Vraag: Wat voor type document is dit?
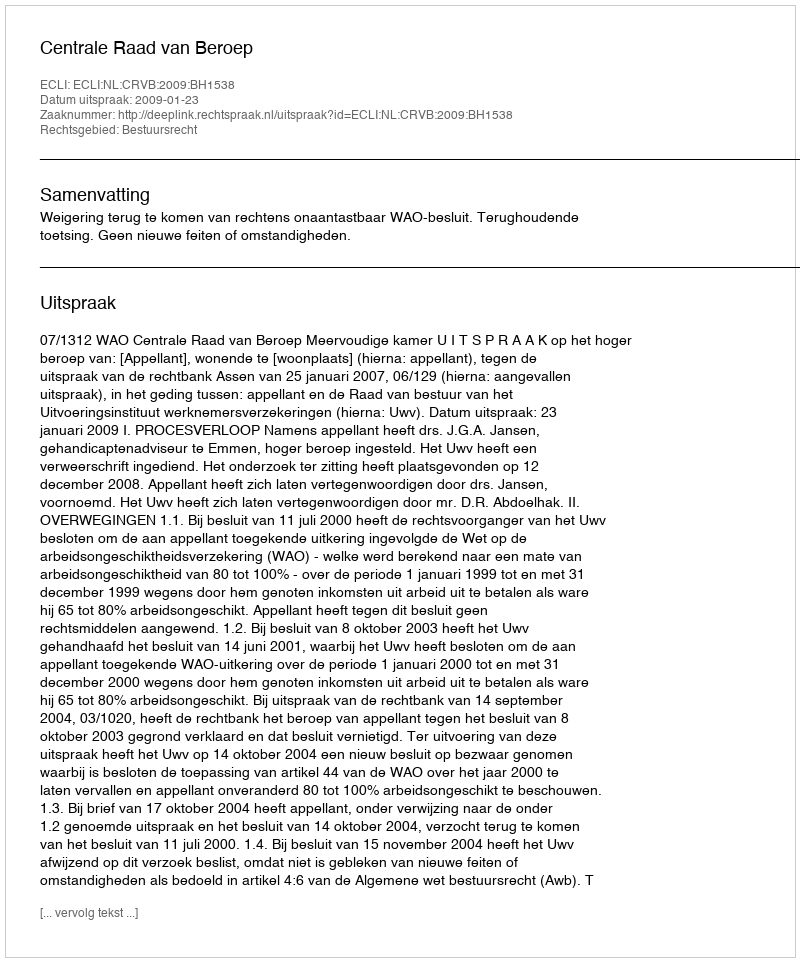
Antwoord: Uitspraak